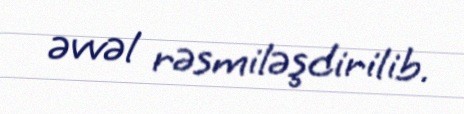
əvvəl rəsmiləşdirilib.